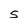
Character: S